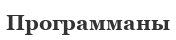
Программаны